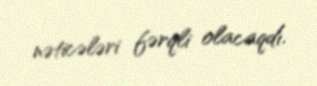
nəticələri fərqli olacaqdı.